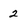
Character: 2